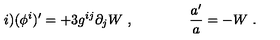
i ) ( \phi ^ { i } ) ^ { \prime } = + 3 g ^ { i j } \partial _ { j } W \ , \qquad \qquad { \frac { a ^ { \prime } } { a } } = - W \ .